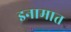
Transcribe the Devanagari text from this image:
इनामात